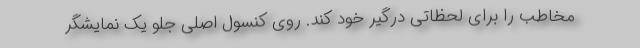
مخاطب را برای لحظاتی درگیر خود کند. روی کنسول اصلی جلو یک نمایشگر